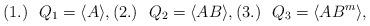
LaTeX: \begin{align*}(1.) \ \ Q_1 = \langle A \rangle, (2.) \ \ Q_2 = \langle AB \rangle, (3.) \ \ Q_3 = \langle AB^m \rangle, \end{align*}